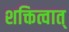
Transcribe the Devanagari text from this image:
शक्तित्वात्